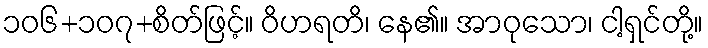
၁၀၆+၁၀၇+စိတ်ဖြင့်။ ဝိဟရတိ၊ နေ၏။ အာဝုသော၊ ငါ့ရှင်တို့။